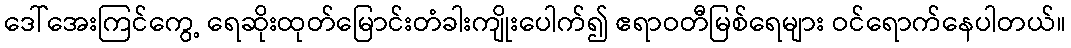
ဒေါ်အေးကြင်ကွေ့ ရေဆိုးထုတ်မြောင်းတံခါးကျိုးပေါက်၍ ဧရာဝတီမြစ်ရေများ ဝင်ရောက်နေပါတယ်။